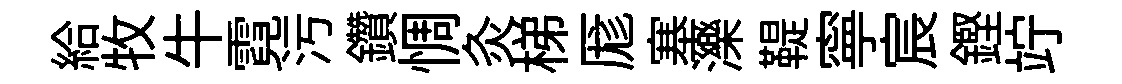
給牧牛霓污鑽惆灸梯厖塞濼鞮寧宸鏗竚